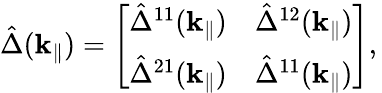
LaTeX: \hat{\Delta}({\textbf k}_{\| })=\left[\begin{array}{ll}{\hat{\Delta}^{11}({\textbf k}_{\| })}&{\hat{\Delta}^{12}({\textbf k}_{\| })}\\ {\hat{\Delta}^{21}({\textbf k}_{\| })}&{\hat{\Delta}^{11}({\textbf k}_{\| })}\end{array}\right],\,